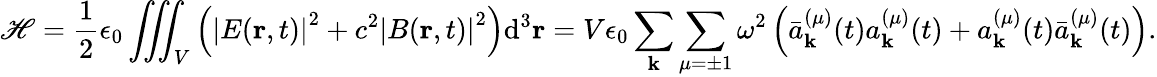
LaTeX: \mathscr{H}={\frac{{1}}{{2}}}\epsilon_{0}\iiint_{V}{\left({{\left|E(\mathbf{{r}},t)\right|}^{2}}+{{c}^{2}}{{\left|B(\mathbf{{r}},t)\right|}^{2}}\right)}{{\mathrm{{d}}}^{3}}\mathbf{{r}}=V\epsilon_{0}\sum_{\mathbf{{k}}}\sum_{\mu=\pm1}\omega^{2}\left({\bar{{a}}}_{\mathbf{{k}}}^{(\mu)}(t)a_{\mathbf{{k}}}^{(\mu)}(t)+a_{\mathbf{{k}}}^{(\mu)}(t){\bar{{a}}}_{\mathbf{{k}}}^{(\mu)}(t)\right).